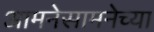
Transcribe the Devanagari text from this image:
आमनेसामनेच्या